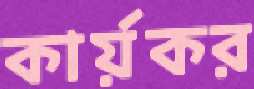
কার্য়কর